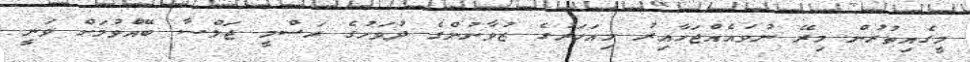
މީގެއިތުރުން މިރޭ ނުވައެއްޖަހާއިރު މިއަހަރުގެ ޒުވާނުންގެ ދުވަހުގެ ރަސްމީ ޖަލްސާ ބޭއްވުމަށް ވަނީ